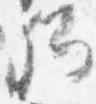
卿